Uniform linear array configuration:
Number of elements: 24
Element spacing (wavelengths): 0.25
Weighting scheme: uniform
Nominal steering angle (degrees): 0
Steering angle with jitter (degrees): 0.8209
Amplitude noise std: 0.05
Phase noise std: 0.05

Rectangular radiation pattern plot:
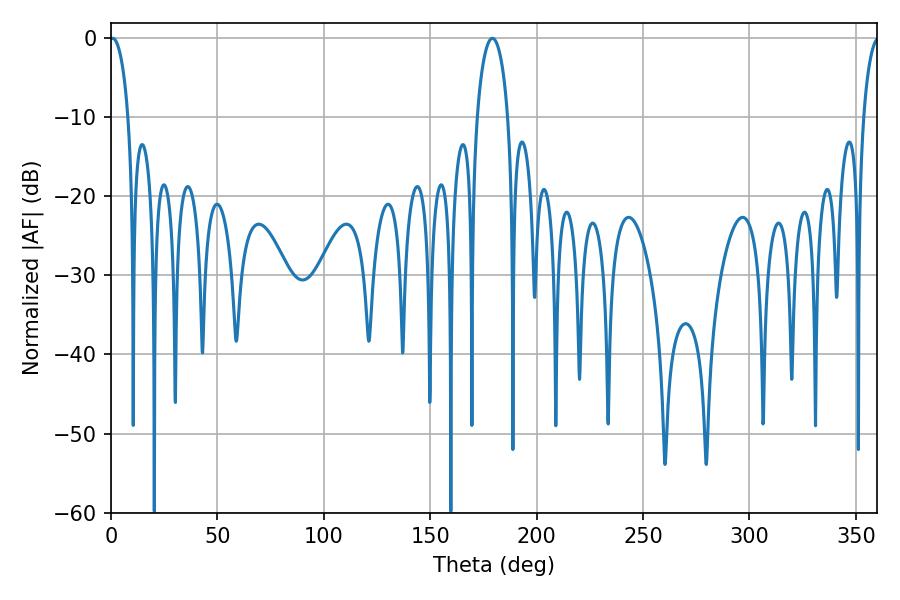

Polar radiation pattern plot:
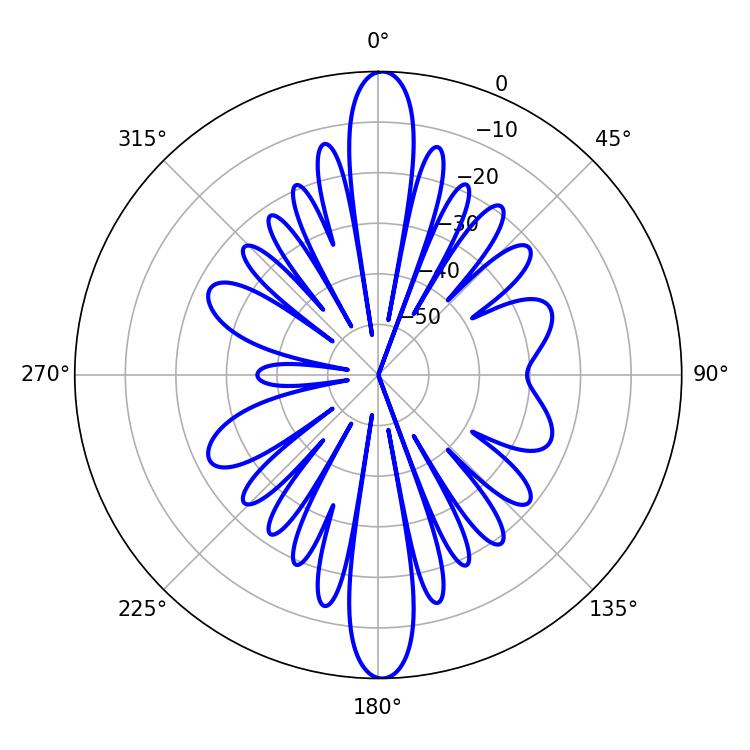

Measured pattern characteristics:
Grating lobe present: FALSE
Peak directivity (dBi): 24.792
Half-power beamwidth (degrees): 4.86
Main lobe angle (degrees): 0.72